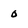
Character: 0